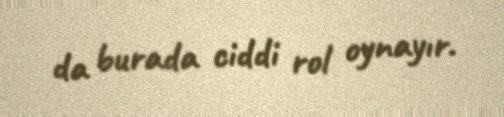
da burada ciddi rol oynayır.